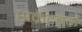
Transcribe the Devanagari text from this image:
सक्रेटबर्ग